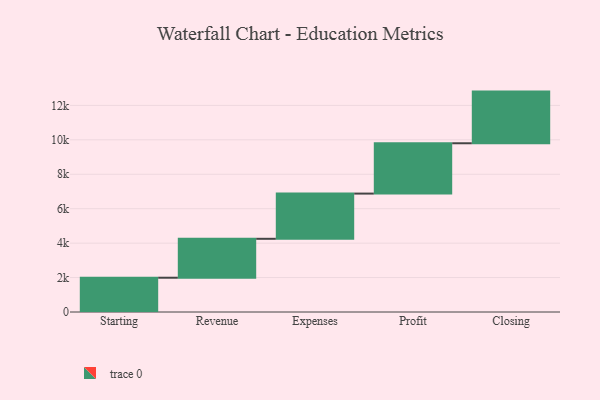
{"axis": {"x": "Step", "y": "Value"}, "legend": [""], "data": [{"x": "Starting", "y": 1991.0, "type": ""}, {"x": "Revenue", "y": 2260.0, "type": ""}, {"x": "Expenses", "y": 2626.0, "type": ""}, {"x": "Profit", "y": 2923.0, "type": ""}, {"x": "Closing", "y": 3000, "type": ""}]}